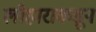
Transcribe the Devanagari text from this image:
लोहाराकडून